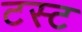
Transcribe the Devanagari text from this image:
टस्ट